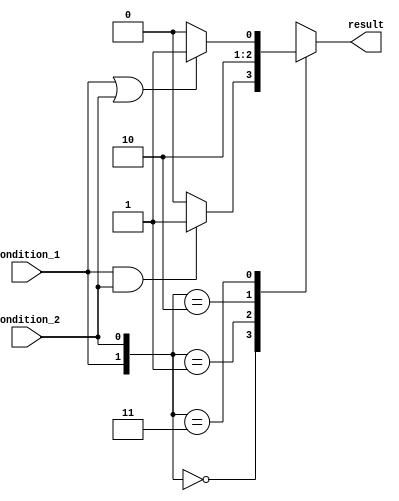
module case_if_else(
    input wire condition_1,
    input wire condition_2,
    output reg result
);

always @(condition_1 or condition_2)
begin
    case({condition_1, condition_2})
        2'b00: // Both conditions are false
            begin
                if (condition_1 & condition_2)
                    result = 1;
                else
                    result = 0;
            end
        2'b01: // Condition 1 is true, condition 2 is false
            begin
                result = 1;
            end
        2'b10: // Condition 1 is false, condition 2 is true
            begin
                result = 0;
            end
        2'b11: // Both conditions are true
            begin
                if (condition_1 | condition_2)
                    result = 1;
                else
                    result = 0;
            end
    endcase
end

endmodule